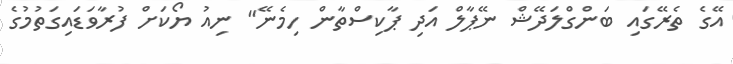
އޭގެ ތެރޭގައި ބަންގްލަދޭޝް ނޭޕާލް އަދި ޕާކިސްތާން ހިމެނޭ" ނިއު ޔޯކަށް ފުރާވަޑައިގަތުމުގެ